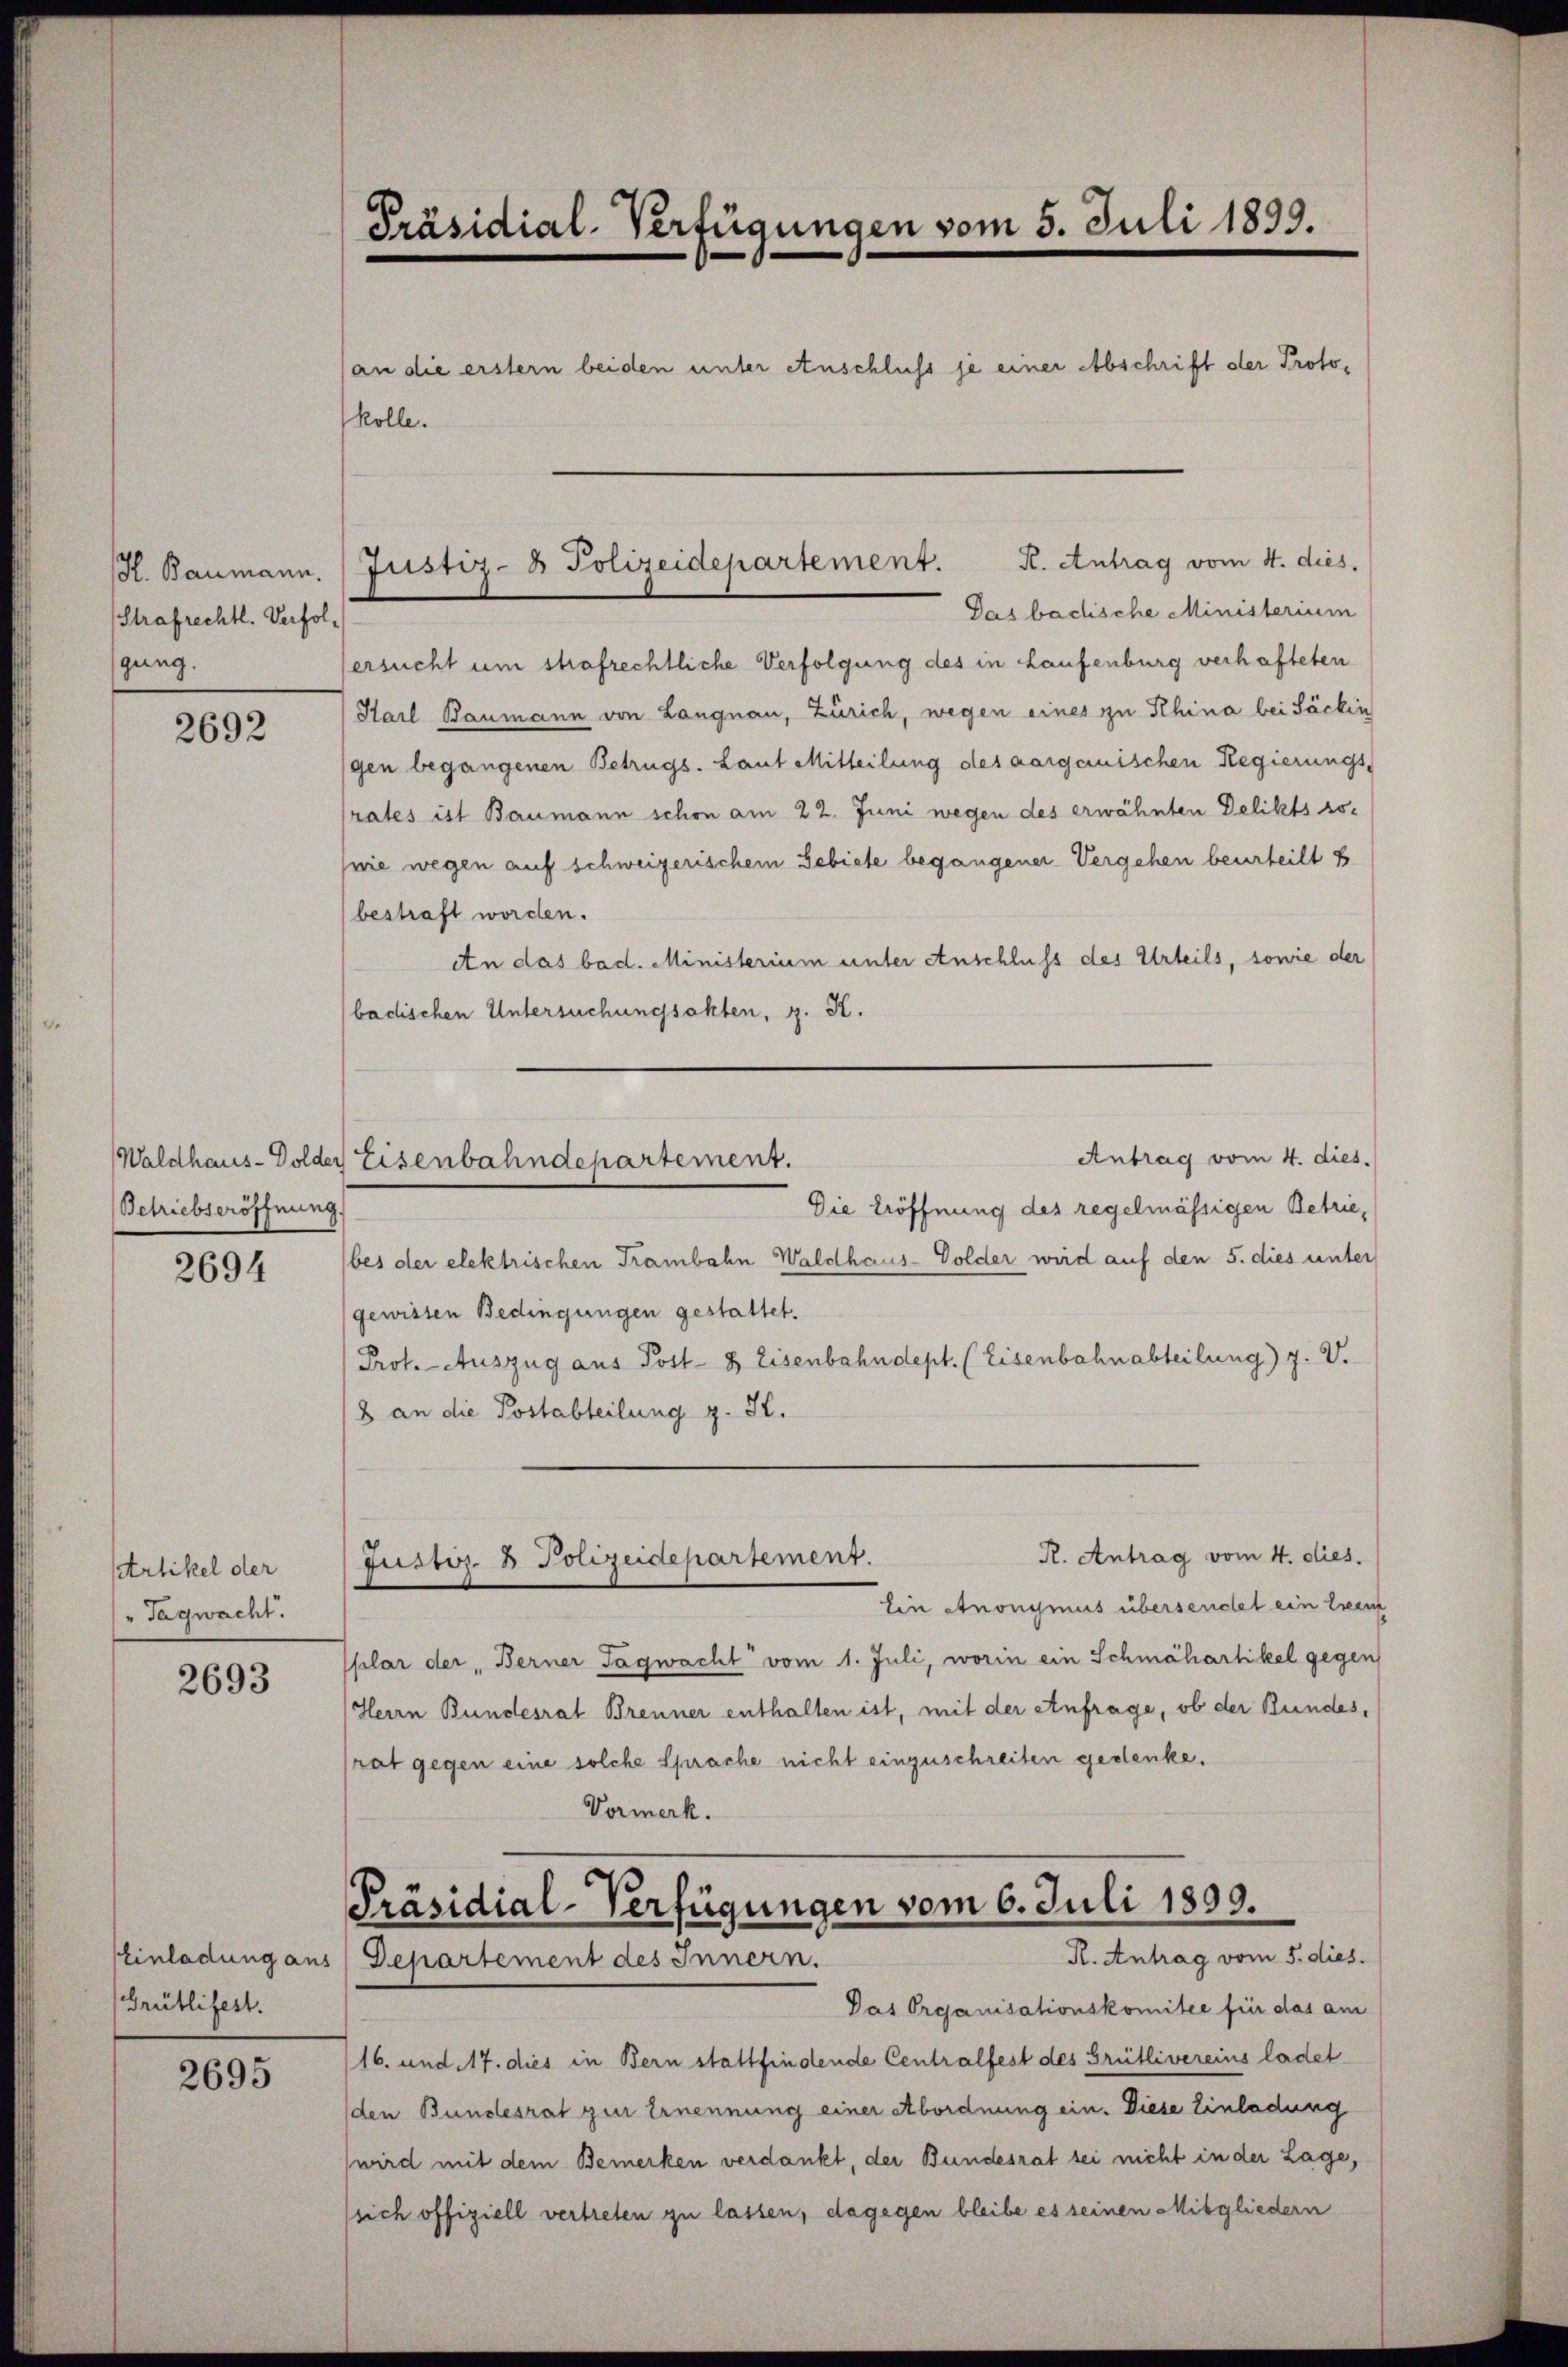
H. Baumann.
Strafrechtl. Verfolgung.

2692

Waldhaus- Dolder
Betriebseröffnung.

2694

Artikel der
"Tagwacht.

2693

Grütlifest.

2695

Präsidial-Verfügungen vom 5. Juli 1899.

Kolle.

Justiz- & Polizeidepartement. K. Antrag vom 4. dies,

R. Antrag vom 4. dies.
Justiz- & Polizeidepartement.

Das bachische Ministerium
ersucht um strafrechtliche Verfolgung des in Laufenburg verhafteten
Karl Baumann von Langnau, Zürich, wegen eines zu Schina bei Säckin
gen begangenen Betrugs- Laut Mitteilung des aargauischen Regierungs-
rates ist Baumann schon am 22. Juni wegen des erwähnten Delikts sowie wegen auf schweizerischem Gebiete begangener Vergehen beurteilt b
bestraft worden.
An das bad. Ministerium unter Anschluss des Urteils, sowie der
badischen Untersuchungsakten, z. K.
Antrag vom 4. dies.
Eisenbahndepartement.
Die Eröffnung des regelmässigen Betriebes der elektrischen Trambahn Waldhaus-Volder wird auf den 5. dies unter
gewissen Bedingungen gestattet.
Prot. - Auszug aus Post- & Eisenbahndept. (Eisenbahnabteilung) J. V.
8 an die Postabteilung z. H.

(an die erstern beiden unter Anschluss je einer Abschrift der Proto¬

Ein Anonymus übersendet ein Exem
plar der „Berner Tagwacht vom 1. Juli, worin ein Schmähartikel gegen
Herrn Bundesrat Brenner enthalten ist, mit der Anfrage, ob der Bundes,
rat gegen eine solche Sprache nicht einzuschreiten gedenke.
Vormerk.

Präsidial-Verfügungen vom 6. Juli 1899.
R. Antrag vom 5. dies.
Einladung aus Departement des Innern.

Das Organisationskomitee für das am
16. und 17. dies in Bern stattfindende Centralfest des Grütlivereins ladet
den Bundesrat zur Ernennung einer Abordnung ein. Diese Einladung
wird mit dem Bemerken verdankt, der Bundesrat sei nicht in der Lage,
(sich offiziell vertreten zu lassen, dagegen bleibe es seinen Mitgliedern